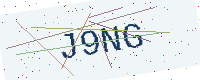
Text: J9NG